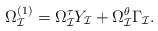
\begin{align*}\Omega_{\cal I}^{(1)}=\Omega_{\cal I}^{\tau}Y_{\cal I}+\Omega_{\cal I}^{\theta}\Gamma_{\cal I}.\end{align*}